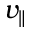
v _ { \parallel }